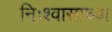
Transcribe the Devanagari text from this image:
निःश्वासाच्या